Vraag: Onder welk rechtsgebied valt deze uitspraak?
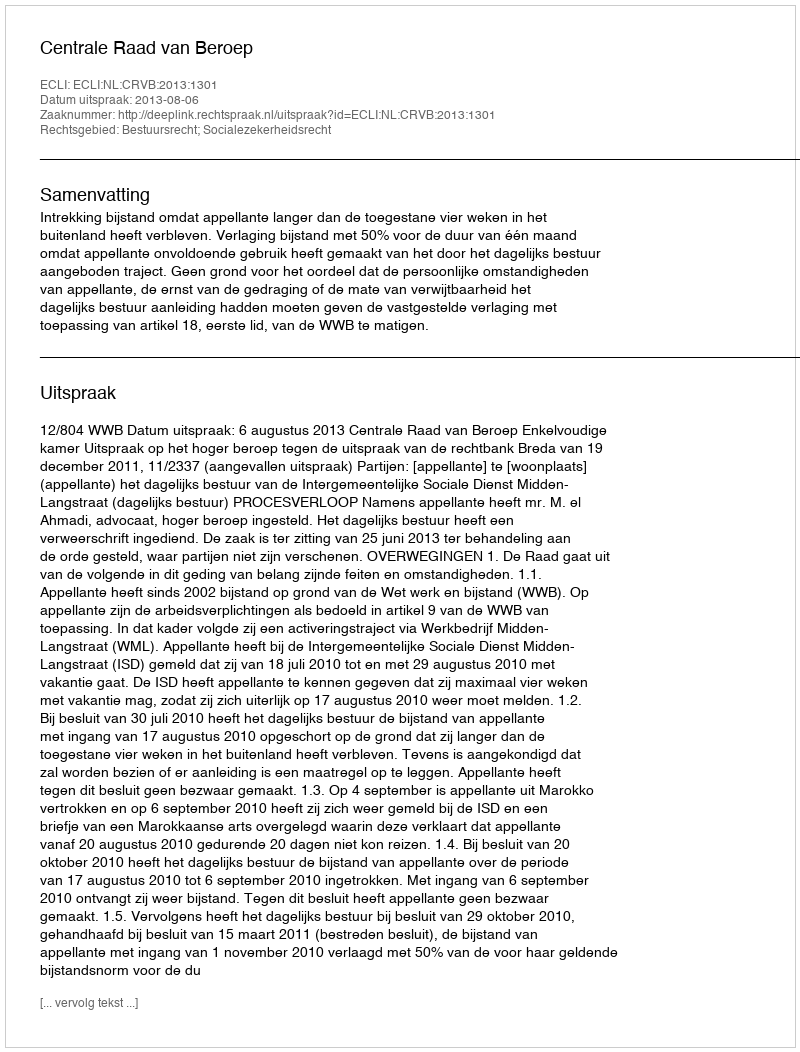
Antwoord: Bestuursrecht; Socialezekerheidsrecht